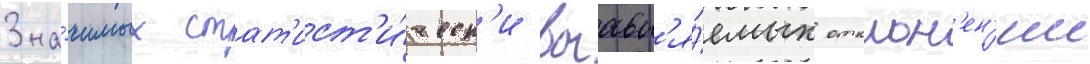
Зна́чимых стат'ист'и́ческ'и выавл'я́емых отклон'ен'ии